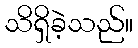
သိရှိခဲ့သည်။